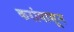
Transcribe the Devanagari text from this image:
करांपासून